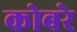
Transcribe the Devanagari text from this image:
कोबरे